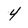
Character: 4